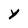
Character: y